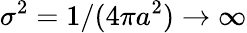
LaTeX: \sigma^{2}=1/(4\pi a^{2})\to\infty